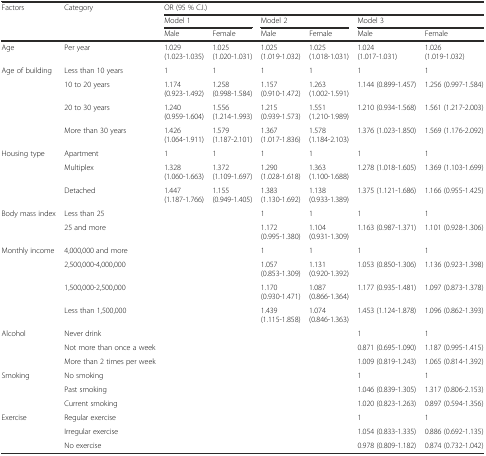
<table><thead><tr><td rowspan="3"><b>Factors</b></td><td rowspan="3"><b>Category</b></td><td colspan="6"><b>OR (95 % C.I.)</b></td></tr><tr><td colspan="2"><b>Model 1</b></td><td colspan="2"><b>Model 2</b></td><td colspan="2"><b>Model 3</b></td></tr><tr><td><b>Male</b></td><td><b>Female</b></td><td><b>Male</b></td><td><b>Female</b></td><td><b>Male</b></td><td><b>Female</b></td></tr></thead><tbody><tr><td>Age</td><td>Per year</td><td>1.029 (1.023-1.035)</td><td>1.025 (1.020-1.031)</td><td>1.025 (1.019-1.032)</td><td>1.025 (1.018-1.031)</td><td>1.024 (1.017-1.031)</td><td>1.026 (1.019-1.032)</td></tr><tr><td>Age of building</td><td>Less than 10 years</td><td>1</td><td>1</td><td>1</td><td>1</td><td>1</td><td>1</td></tr><tr><td></td><td>10 to 20 years</td><td>1.174 (0.923-1.492)</td><td>1.258 (0.998-1.584)</td><td>1.157 (0.910-1.472)</td><td>1.263 (1.002-1.591)</td><td>1.144 (0.899-1.457)</td><td>1.256 (0.997-1.584)</td></tr><tr><td></td><td>20 to 30 years</td><td>1.240 (0.959-1.604)</td><td>1.556 (1.214-1.993)</td><td>1.215 (0.939-1.573)</td><td>1.551 (1.210-1.989)</td><td>1.210 (0.934-1.568)</td><td>1.561 (1.217-2.003)</td></tr><tr><td></td><td>More than 30 years</td><td>1.426 (1.064-1.911)</td><td>1.579 (1.187-2.101)</td><td>1.367 (1.017-1.836)</td><td>1.578 (1.184-2.103)</td><td>1.376 (1.023-1.850)</td><td>1.569 (1.176-2.092)</td></tr><tr><td>Housing type</td><td>Apartment</td><td>1</td><td>1</td><td>1</td><td>1</td><td>1</td><td>1</td></tr><tr><td></td><td>Multiplex</td><td>1.328 (1.060-1.663)</td><td>1.372 (1.109-1.697)</td><td>1.290 (1.028-1.618)</td><td>1.363 (1.100-1.688)</td><td>1.278 (1.018-1.605)</td><td>1.369 (1.103-1.699)</td></tr><tr><td></td><td>Detached</td><td>1.447 (1.187-1.766)</td><td>1.155 (0.949-1.405)</td><td>1.383 (1.130-1.692)</td><td>1.138 (0.933-1.389)</td><td>1.375 (1.121-1.686)</td><td>1.166 (0.955-1.425)</td></tr><tr><td>Body mass index</td><td>Less than 25</td><td></td><td></td><td>1</td><td>1</td><td>1</td><td>1</td></tr><tr><td></td><td>25 and more</td><td></td><td></td><td>1.172 (0.995-1.380)</td><td>1.104 (0.931-1.309)</td><td>1.163 (0.987-1.371)</td><td>1.101 (0.928-1.306)</td></tr><tr><td>Monthly income</td><td>4,000,000 and more</td><td></td><td></td><td>1</td><td>1</td><td>1</td><td>1</td></tr><tr><td></td><td>2,500,000-4,000,000</td><td></td><td></td><td>1.057 (0.853-1.309)</td><td>1.131 (0.920-1.392)</td><td>1.053 (0.850-1.306)</td><td>1.136 (0.923-1.398)</td></tr><tr><td></td><td>1,500,000-2,500,000</td><td></td><td></td><td>1.170 (0.930-1.471)</td><td>1.087 (0.866-1.364)</td><td>1.177 (0.935-1.481)</td><td>1.097 (0.873-1.378)</td></tr><tr><td></td><td>Less than 1,500,000</td><td></td><td></td><td>1.439 (1.115-1.858)</td><td>1.074 (0.846-1.363)</td><td>1.453 (1.124-1.878)</td><td>1.096 (0.862-1.393)</td></tr><tr><td>Alcohol</td><td>Never drink</td><td></td><td></td><td></td><td></td><td>1</td><td>1</td></tr><tr><td></td><td>Not more than once a week</td><td></td><td></td><td></td><td></td><td>0.871 (0.695-1.090)</td><td>1.187 (0.995-1.415)</td></tr><tr><td></td><td>More than 2 times per week</td><td></td><td></td><td></td><td></td><td>1.009 (0.819-1.243)</td><td>1.065 (0.814-1.392)</td></tr><tr><td>Smoking</td><td>No smoking</td><td></td><td></td><td></td><td></td><td>1</td><td>1</td></tr><tr><td></td><td>Past smoking</td><td></td><td></td><td></td><td></td><td>1.046 (0.839-1.305)</td><td>1.317 (0.806-2.153)</td></tr><tr><td></td><td>Current smoking</td><td></td><td></td><td></td><td></td><td>1.020 (0.823-1.263)</td><td>0.897 (0.594-1.356)</td></tr><tr><td>Exercise</td><td>Regular exercise</td><td></td><td></td><td></td><td></td><td>1</td><td>1</td></tr><tr><td></td><td>Irregular exercise</td><td></td><td></td><td></td><td></td><td>1.054 (0.833-1.335)</td><td>0.886 (0.692-1.135)</td></tr><tr><td></td><td>No exercise</td><td></td><td></td><td></td><td></td><td>0.978 (0.809-1.182)</td><td>0.874 (0.732-1.042)</td></tr></tbody></table>